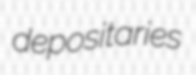
depositaries